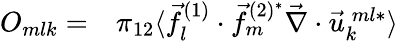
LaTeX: \begin{array}{rl}{O_{mlk}=}&{{}\pi_{12}\langle\vec{f}_{l}^{(1)}\cdot\vec{f}_{m}^{(2)^{*}}\vec{\nabla}\cdot\vec{u}_{k}^{\: ml*}\rangle}\end{array}